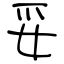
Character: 妥